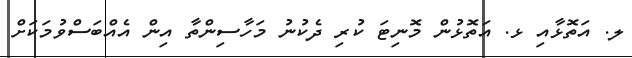
ލ. އަތޮޅާއި ޅ. އަތޮޅުން މޮނިޓަ ކުރި ދެކުނު މަހާސިންތާ އިން އެއްބަސްވުމަކަށް